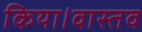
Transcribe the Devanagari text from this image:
किया।वास्तव